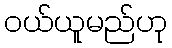
ဝယ်ယူမည်ဟု